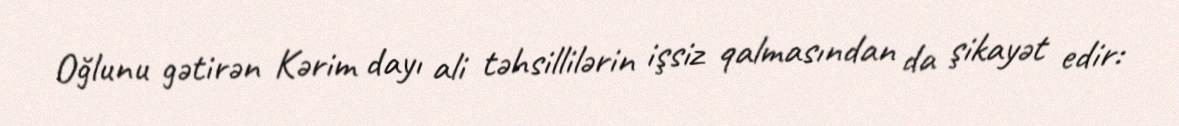
Oğlunu gətirən Kərim dayı ali təhsillilərin işsiz qalmasından da şikayət edir: